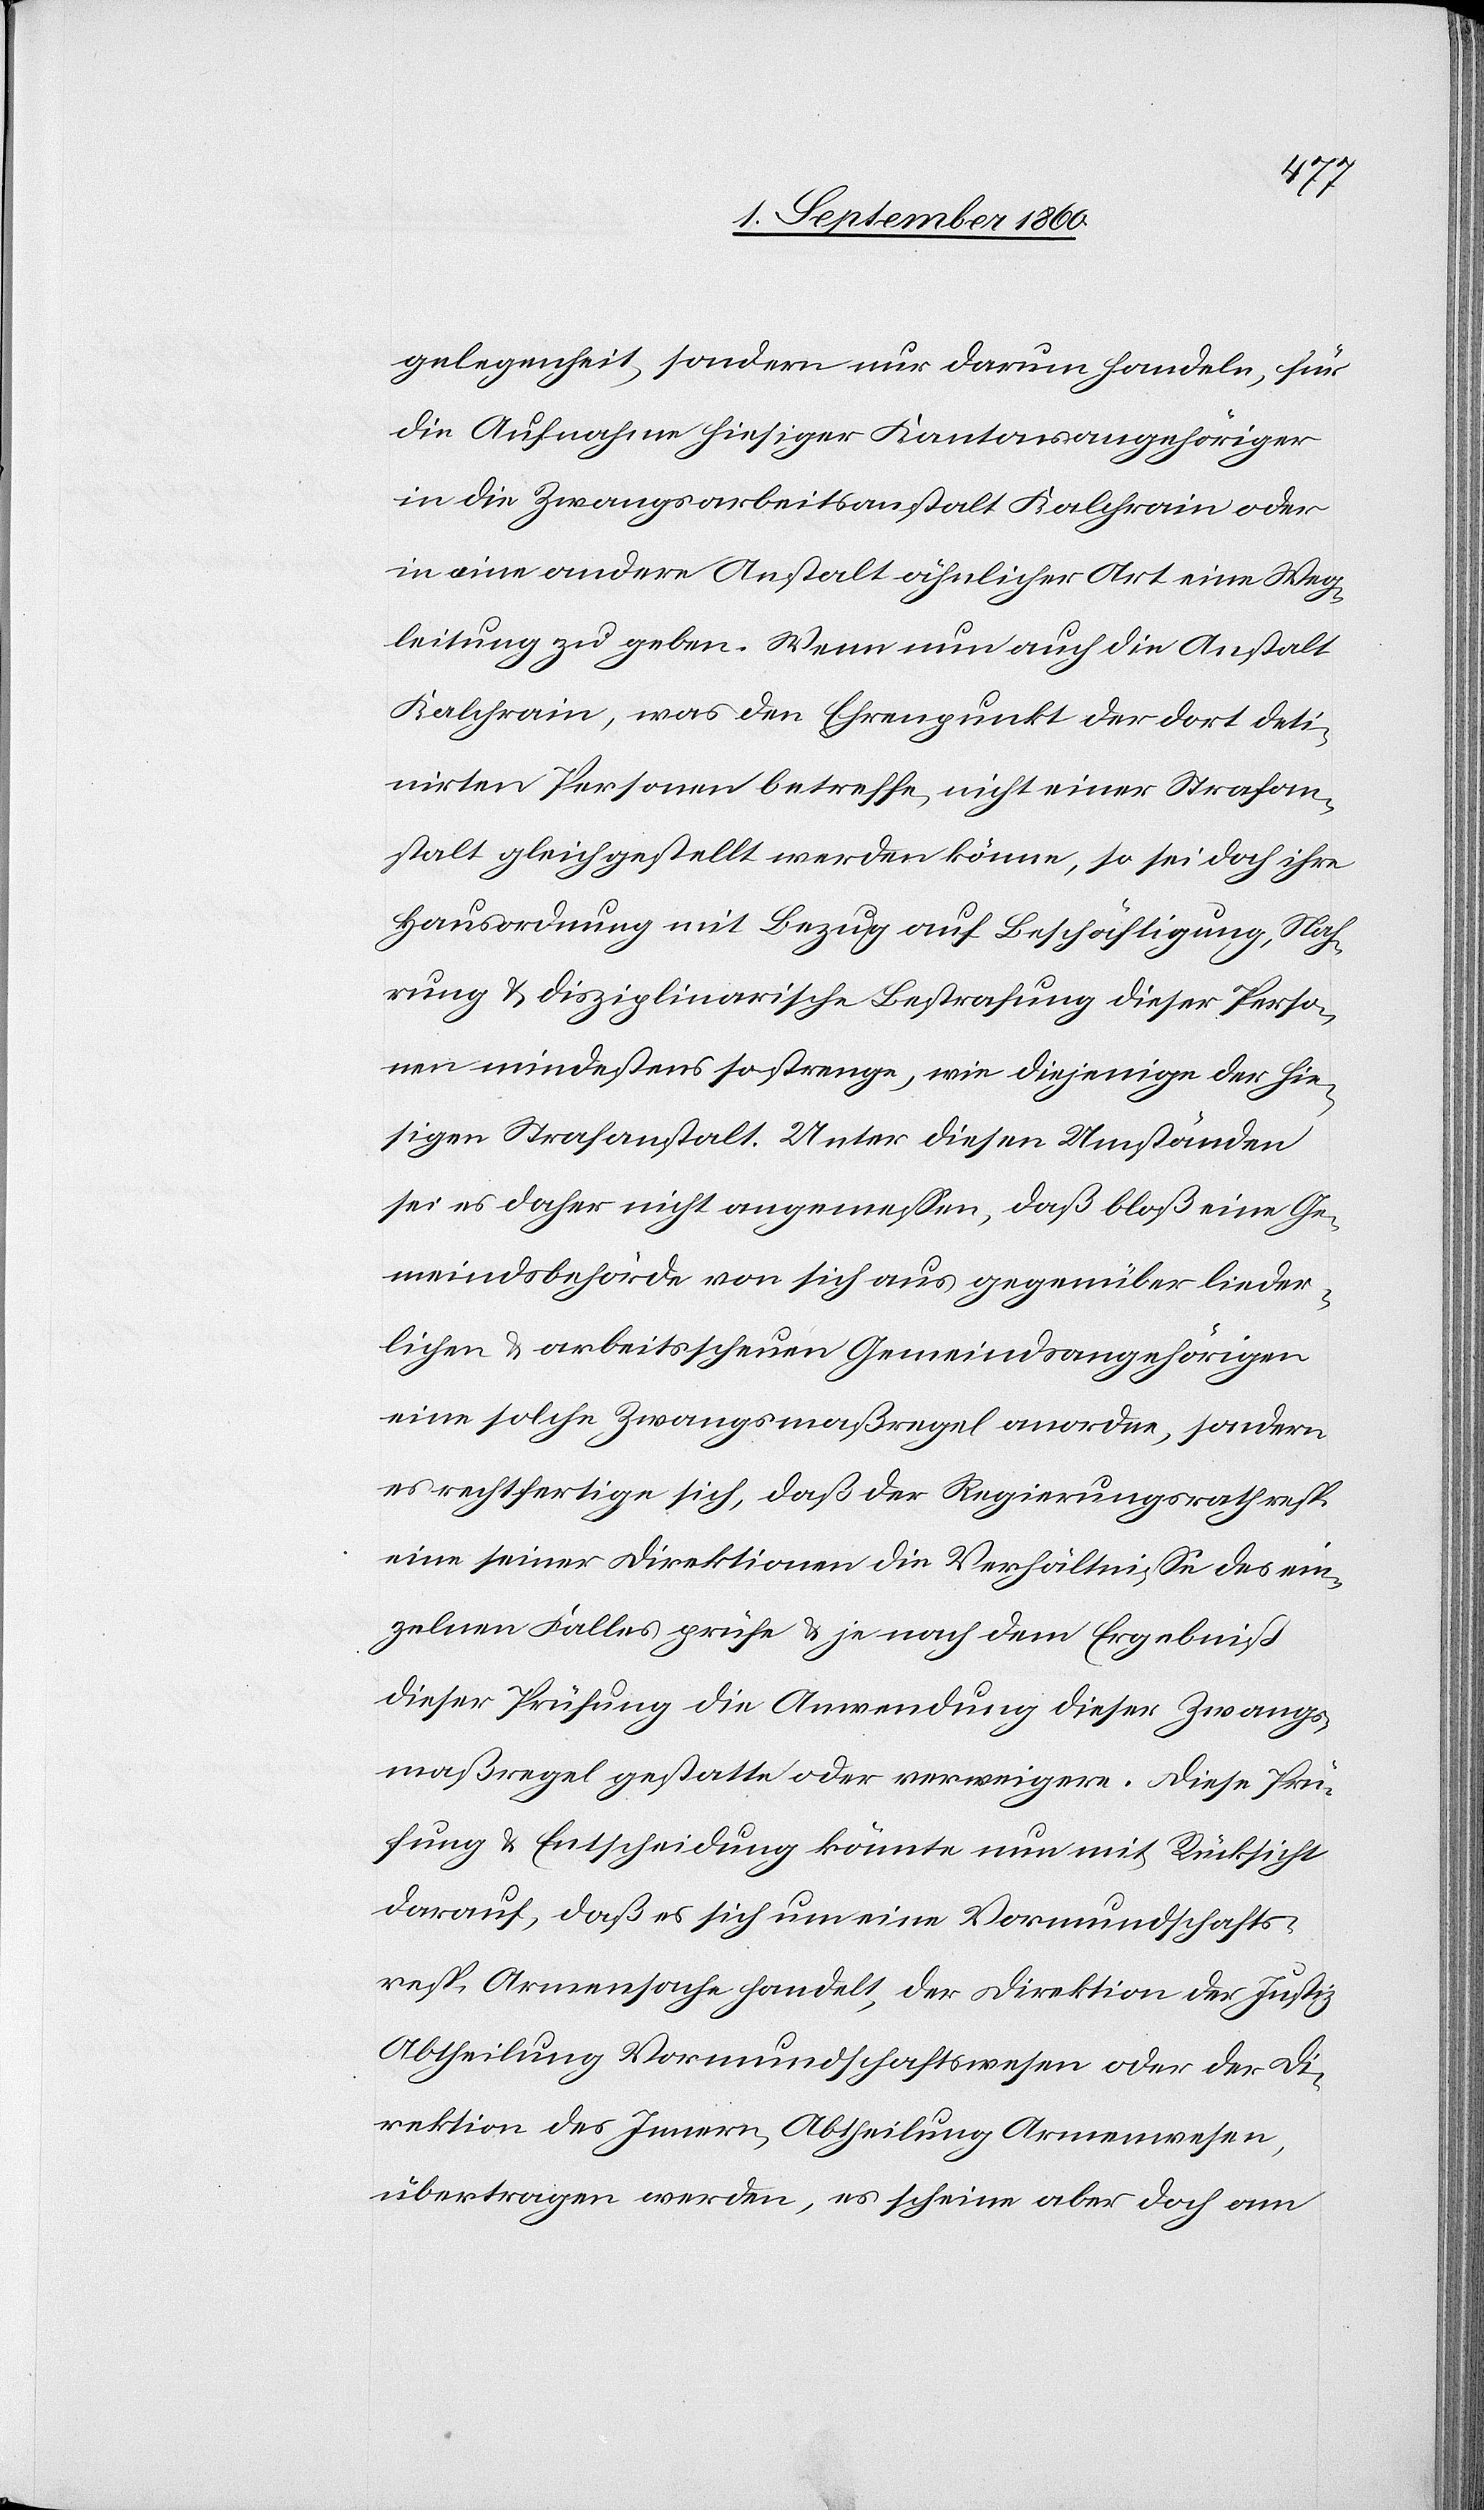
legenheit, sondern nur darum handeln, für
die Aufnahme hiesiger Kantonsangehöriger
in die Zwangsarbeitsanstalt Kalchrain oder
in eine andere Anstalt ähnlicher Art eine Weg¬
leitung zu geben. Wenn nun auch die Anstalt
Kalchrain, was den Ehrenpunkt der dort deti¬
nirten Personen betreffe, nicht einer Strafan¬
stalt gleichgestellt werden können, so sei doch ihre
Hausordnung mit Bezug auf Beschäftigung, Nah¬
rung und Disciplinarische Bestrafung dieser Perso¬
nen mindestens so strenge, wie diejenige der hie¬
sigen Strafanstalt. Unter diesen Umständen
sei es daher nicht angemessen, dass bloss eine Ge¬
meindsbehörde von sich aus gegenüber lieder¬
lichen u. arbeitsscheuen Gemeindsangehörigen
eine solche Zwangsmassregel anordne, sondern
es rechtfertige sich, dass der Regierungsrath resp.
eine seiner Direktionen die Verhältnisse des ein¬
zelnen Falles prüfe u. je nach dem Ergebniss
dieser Prüfung die Anwendung dieser Zwangs¬
massregel gestatte oder verweigere. Diese Prü¬
fung u. Entscheidung könnte nun mit Rücksicht
darauf, dass es sich um eine Vormundschafts-
resp. Armensache handelt, der Direktion der Justiz,
Abtheilung Vormundschaftswesen oder der Di¬
rektion des Innern, Abtheilung Armenwesen,
übertragen werden, es scheine aber doch am